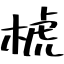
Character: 椃